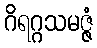
ဂိရဂ္ဂသမဇ္ဇံ